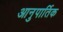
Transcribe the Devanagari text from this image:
आनुपार्तिक